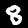
Label: 8